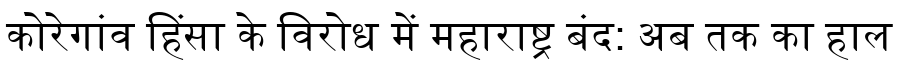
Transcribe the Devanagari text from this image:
कोरेगांव हिंसा के विरोध में महाराष्ट्र बंद: अब तक का हाल